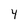
Character: 4